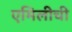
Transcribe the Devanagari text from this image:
एमिलीची